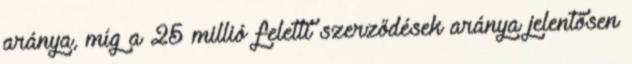
aránya, míg a 25 millió feletti szerződések aránya jelentősen